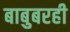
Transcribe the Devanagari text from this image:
बाबुबरही